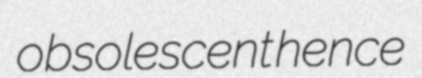
obsolescent hence